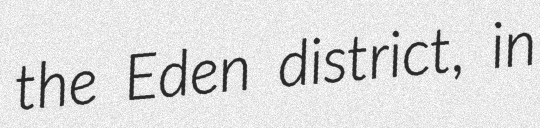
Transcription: the Eden district, in